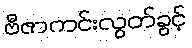
ဗီဇာကင်းလွတ်ခွင့်